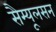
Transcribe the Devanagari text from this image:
सैम्यूलसन